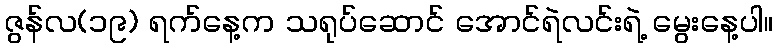
ဇွန်လ(၁၉) ရက်နေ့က သရုပ်ဆောင် အောင်ရဲလင်းရဲ့ မွေးနေ့ပါ။